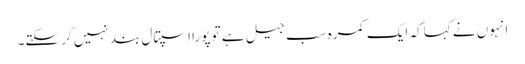
انہوں نے کہا کہ ایک کمرہ سب جیل ہے تو پورا اسپتال بند نہیں کر سکتے۔